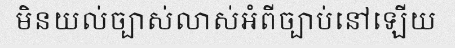
មិនយល់ច្បាស់លាស់អំពីច្បាប់នៅឡើយ